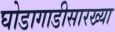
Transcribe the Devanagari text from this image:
घोडागाडीसारख्या